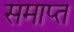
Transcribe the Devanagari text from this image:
समाप्त